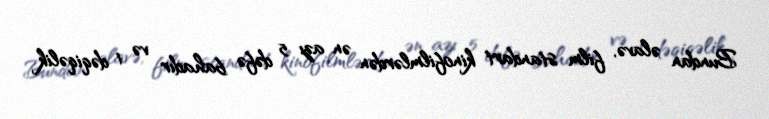
Bundan əlavə, film standart kinofilmlərdən ən azı 5 dəfə bahadır və 1 dəqiqəlik